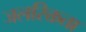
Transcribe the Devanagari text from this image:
जलरिक्तता